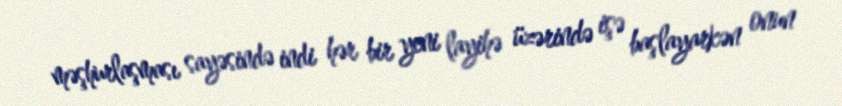
məşhurlaşması sayəsində indi hər bir yeni layihə üzərində işə başlayarkən onun